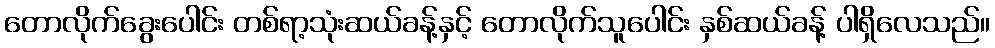
တောလိုက်ခွေးပေါင်း တစ်ရာ့သုံးဆယ်ခန့်နှင့် တောလိုက်သူပေါင်း နှစ်ဆယ်ခန့် ပါရှိလေသည်။